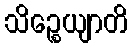
သိဉ္စေယျာတိ